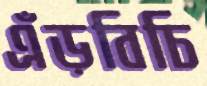
এঁড়বিচি